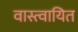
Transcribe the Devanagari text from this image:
वास्त्वायित